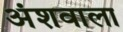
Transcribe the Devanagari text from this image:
अंशवाला